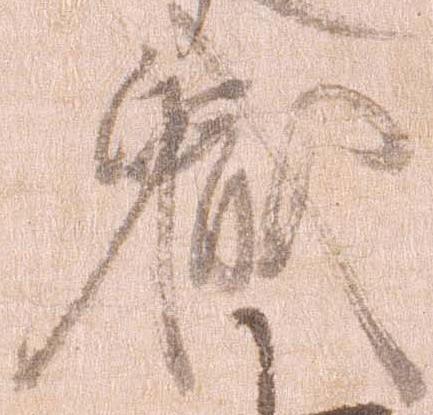
職